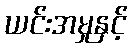
ယင်းအမှုနှင့်